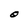
Character: O